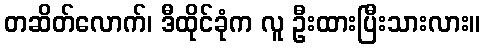
တဆိတ်လောက်၊ ဒီထိုင်ခုံက လူ ဦးထားပြီးသားလား။